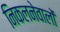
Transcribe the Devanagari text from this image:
निकलनेवालों